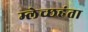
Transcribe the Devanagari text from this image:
म्लेच्छहंता